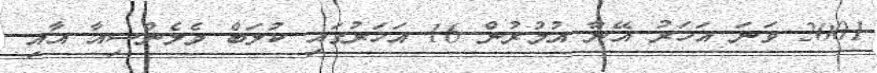
2001 ވަނަ އަހަރު އޭނާ އުމުރުން 16 އަހަރުގައި ކުލަބް ވެލެންސިއާ އާއި